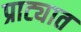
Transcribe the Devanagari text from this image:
प्राट्यात